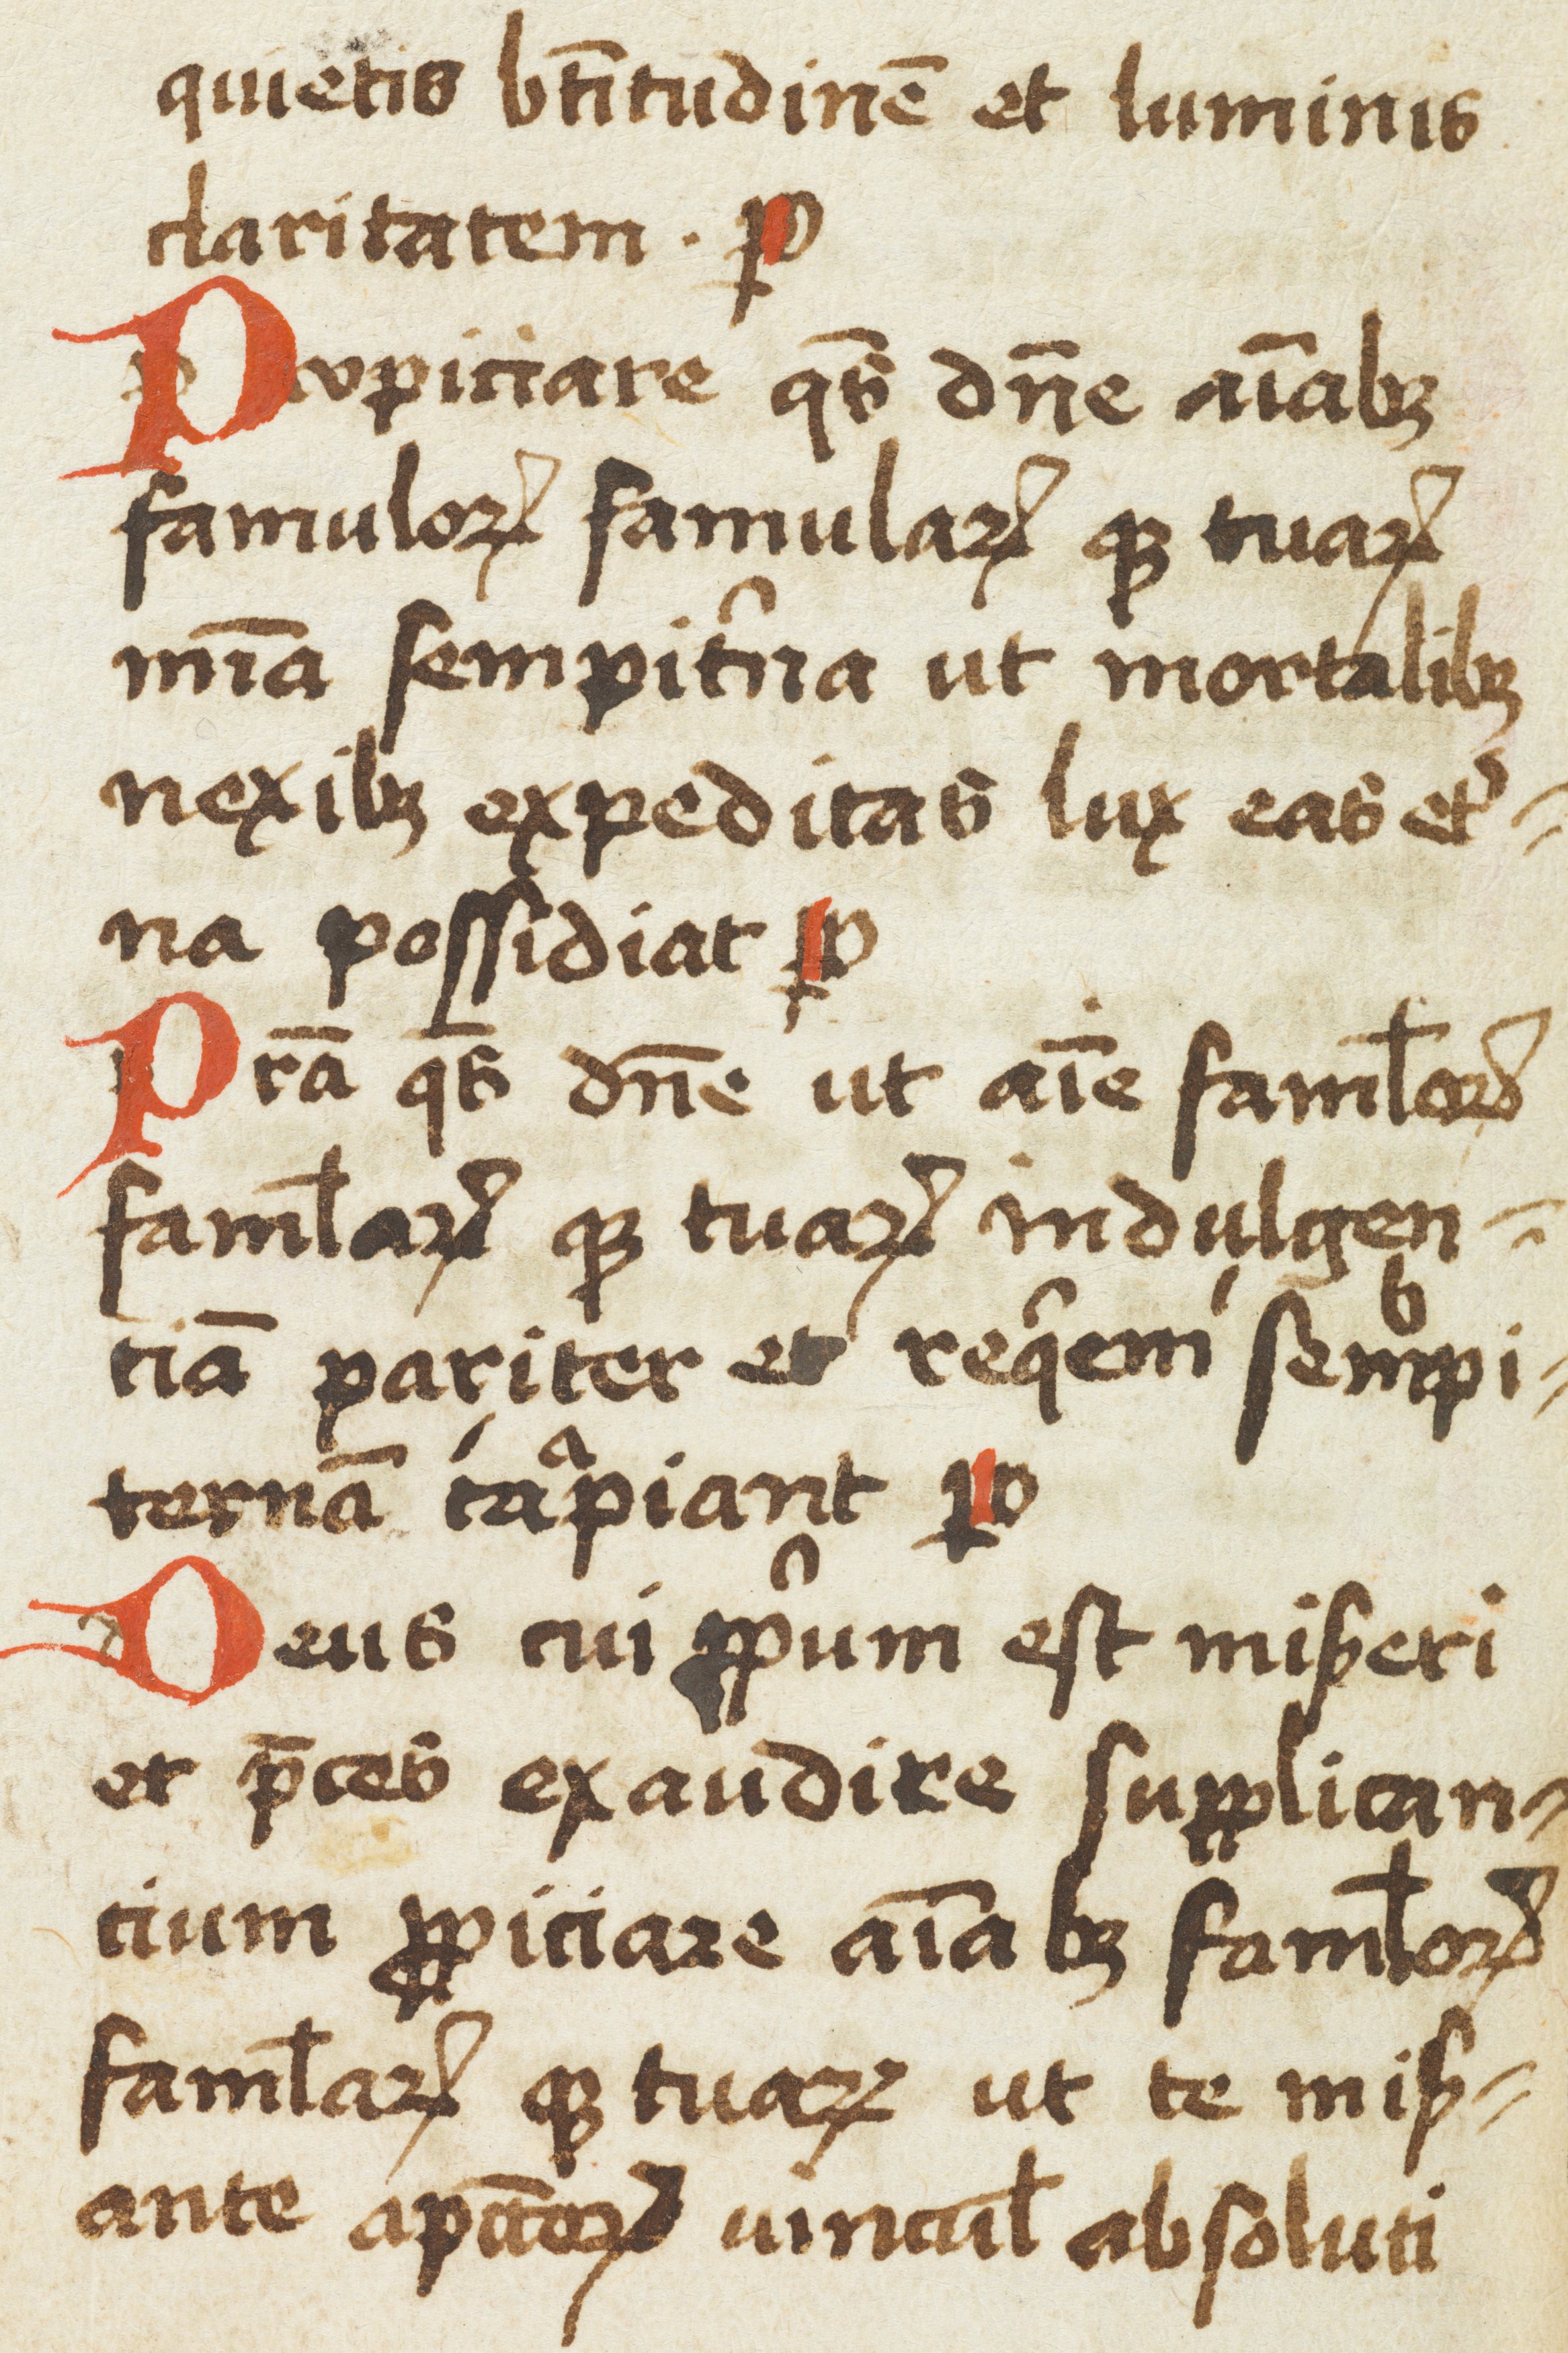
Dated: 1433–1465